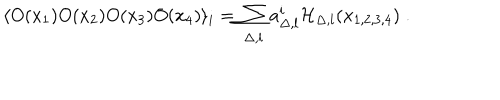
\langle O ( x _ { 1 } ) O ( x _ { 2 } ) O ( x _ { 3 } ) O ( x _ { 4 } ) \rangle _ { i } = \sum _ { \Delta , l } a _ { \Delta , l } ^ { i } { \cal H } _ { \Delta , l } ( x _ { 1 , 2 , 3 , 4 } ) \; .